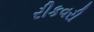
રીકવરી